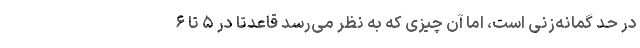
در حد گمانه‌زنی است، اما آن چیزی که به نظر می‌رسد قاعدتا در ۵ تا ۶